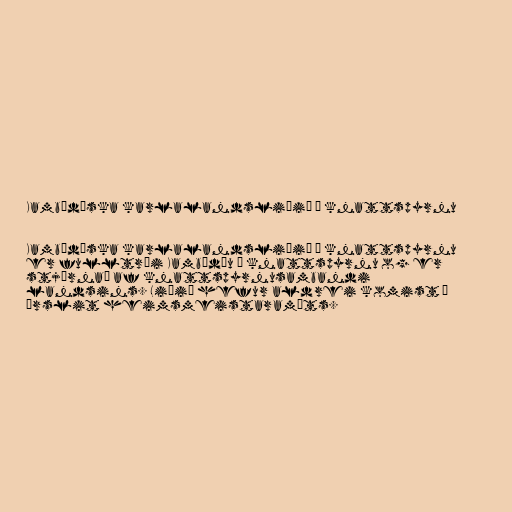
Kambódíska karlalandsliðið í knattspyrnu

Kambódíska karlalandsliðið í knattspyrnu
er fulltrúi Kambódíu í knattspyrnu og er
stjórnað af knattspyrnusambandi
landsins. Liðið hefur aldrei komist í
úrslit heimsmeistaramóts.